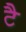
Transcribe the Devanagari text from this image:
टै